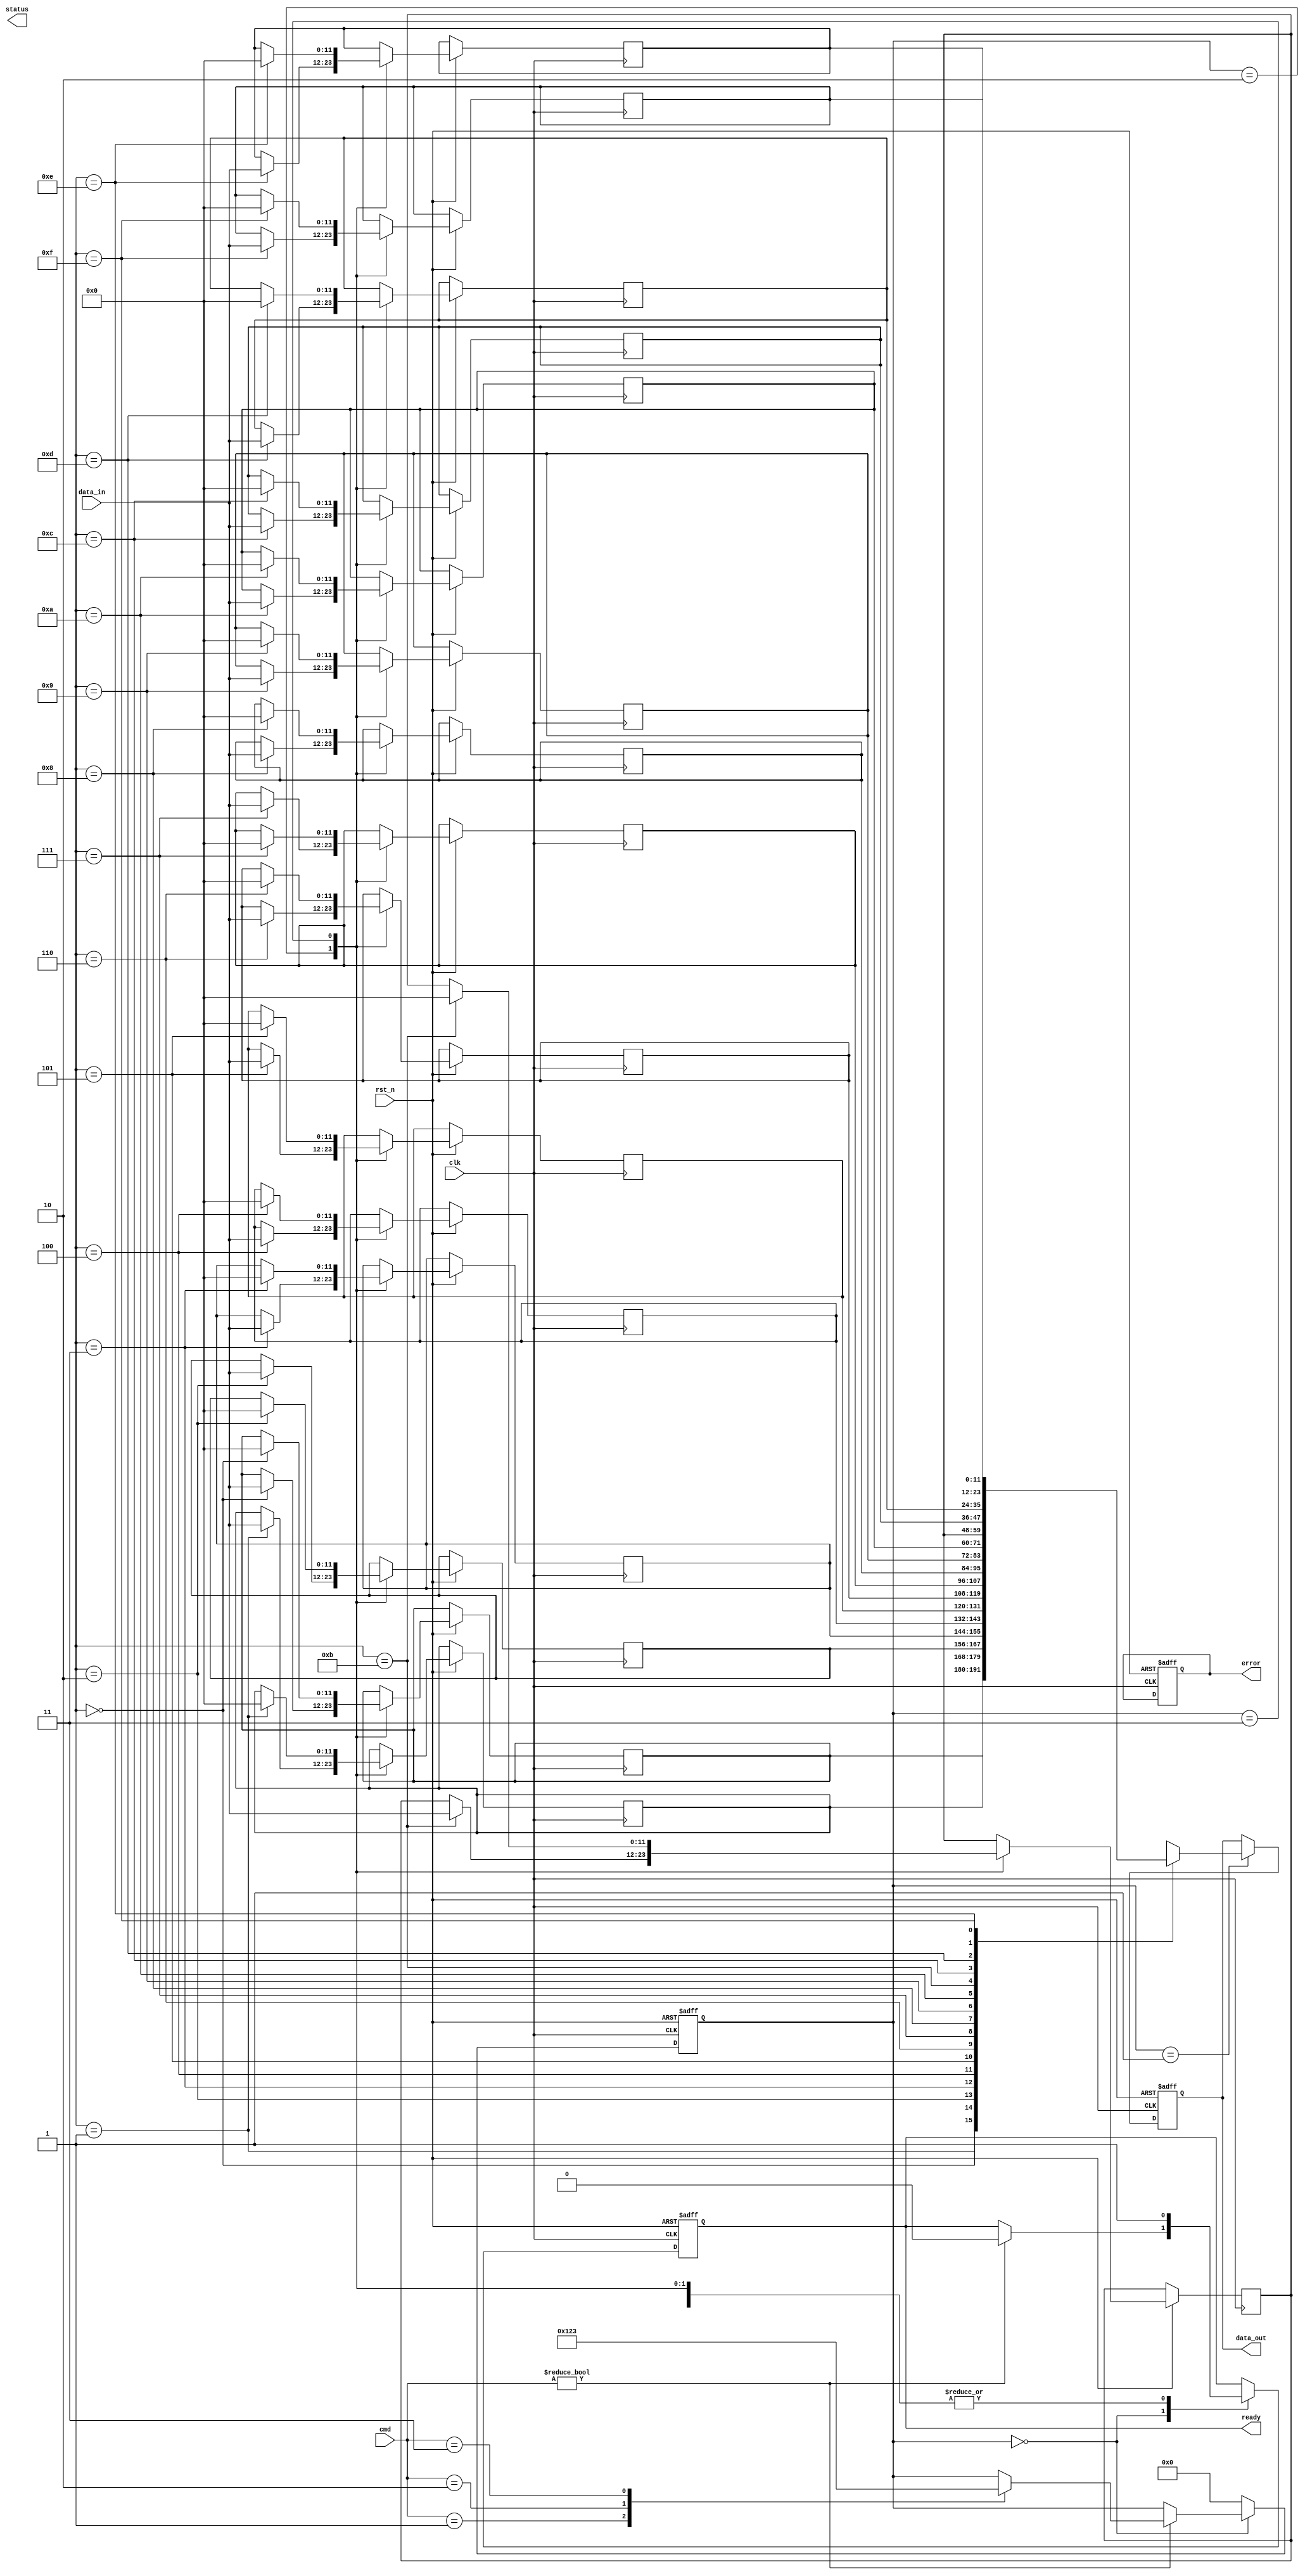
module TLC_NAND_IO_Block (
    input wire clk,
    input wire rst_n,
    input wire [3:0] cmd, // Command signals
    input wire [11:0] data_in, // Input data (4 bits per cell, 3 cells)
    output reg [11:0] data_out, // Output data
    output reg ready, // Ready signal for external interface
    output reg error, // Error signal for ECC
    output reg [3:0] status // Status signals
);

// Parameters for command definitions
parameter CMD_READ = 4'b0001;
parameter CMD_PROGRAM = 4'b0010;
parameter CMD_ERASE = 4'b0011;

// Internal signals
reg [11:0] memory [0:15]; // Example memory array (16 cells)
reg [11:0] buffer; // Data buffer
reg [3:0] state; // State machine for operation control
reg [3:0] ecc; // Error correction code

// State definitions
parameter IDLE = 4'b0000;
parameter READ = 4'b0001;
parameter PROGRAM = 4'b0010;
parameter ERASE = 4'b0011;

// Timing control
reg [7:0] timer; // Timer for operation timing

// Main I/O block process
always @(posedge clk or negedge rst_n) begin
    if (!rst_n) begin
        state <= IDLE;
        ready <= 1'b1;
        error <= 1'b0;
        timer <= 8'b0;
        data_out <= 12'b0;
    end else begin
        case (state)
            IDLE: begin
                if (cmd != 4'b0000) begin
                    ready <= 1'b0;
                    case (cmd)
                        CMD_READ: begin
                            state <= READ;
                        end
                        CMD_PROGRAM: begin
                            state <= PROGRAM;
                        end
                        CMD_ERASE: begin
                            state <= ERASE;
                        end
                    endcase
                end
            end
            
            READ: begin
                // Simulate read operation
                data_out <= memory[buffer]; // Read from memory
                state <= IDLE;
                ready <= 1'b1;
            end
            
            PROGRAM: begin
                // Simulate program operation
                memory[buffer] <= data_in; // Write to memory
                ecc <= calculate_ecc(data_in); // Calculate ECC
                state <= IDLE;
                ready <= 1'b1;
            end
            
            ERASE: begin
                // Simulate erase operation
                memory[buffer] <= 12'b0; // Reset memory cell
                state <= IDLE;
                ready <= 1'b1;
            end
            
            default: state <= IDLE;
        endcase
    end
end

// Error correction code calculation (simple example)
function [3:0] calculate_ecc(input [11:0] data);
    // Simple parity-based ECC for demonstration
    calculate_ecc = ^data; // XOR all bits for parity
endfunction

endmodule